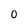
Character: O